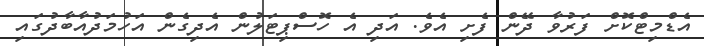
އެޑްމިޓްކޮށް ފަރުވާ ދޭން ފެށި އެވެ. އަދި އެ ހޮސްޕިޓަލުން އެދިގެން އަހުމަދުއާބާދުގައި